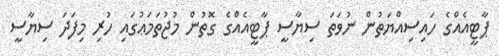
ޕާޓީއެއްގެ ހައިސިއްޔަތުން ނުވަތަ ސިޔާސީ ޕާޓީއެއްގެ ގޮތުން މުޖުތަމަޢުގައި ހުރި މިފަދަ ސިޔާސީ